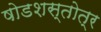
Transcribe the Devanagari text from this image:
षोडशस्तोत्र